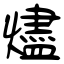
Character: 燼